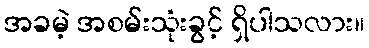
အခမဲ့ အစမ်းသုံးခွင့် ရှိပါသလား။